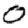
Digit: 0